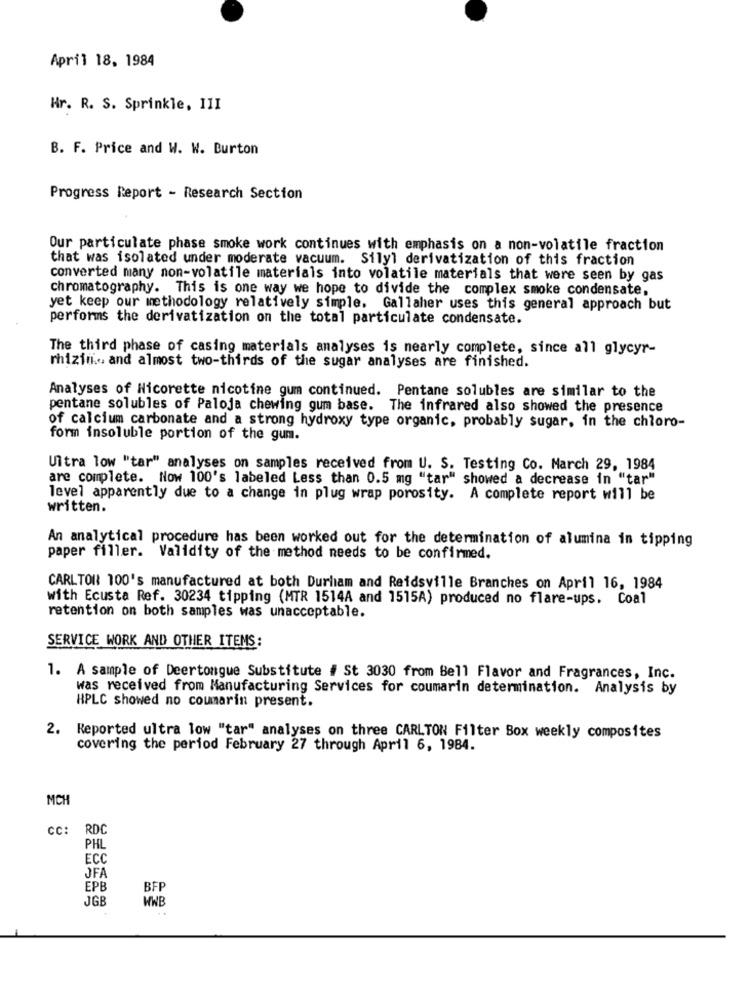
April 18, 1984
Hr. R. S. Sprinkle, 11I
B. F. Price and W. W. Burton
Progress Report - Research Section
Our particulate phase smoke work continues with emphasis on a non-volatile fraction
that was isolated under moderate vacuum. Silyl derivatization of this fraction
converted many non-volatile materials into volatile materials that were seen by gas
chromatography. This is one way we hope to divide the complex smoke condensate,
yet keep our methodology relatively simple, Gallaher uses this general approach but
performs the derivatization on the total particulate condensate.
The third phase of casing materials analyses is nearly complete, since all glycyr-
rhizin, and almost two-thirds of the sugar analyses are finished.
Analyses of Nicorette nicotine gum continued. Pentane solubles are similar to the
pentane solubles of Paloja chewing gum base. The infrared also showed the presence
of calcium carbonate and a strong hydroxy type organic, probably sugar, in the chloro-
form insoluble portion of the gum.
Ultra low "tar" analyses on samples received from U. S. Testing Co. March 29, 1984
are complete. Now 100's labeled Less than 0.5 mg "tar" showed a decrease in "tar"
level apparently due to a change in plug wrap porosity. A complete report will be
written.
An analytical procedure has been worked out for the determination of alumina in tipping
paper filler. Validity of the method needs to be confirmed.
CARLTON 100's manufactured at both Durham and Reidsville Branches on April 16, 1984
with Ecusta Ref. 30234 tipping (MTR 1514A and 1515A) produced no flare-ups. Coal
retention on both samples was unacceptable.
SERVICE WORK AND OTHER ITEMS:
1. A sample of Deertongue Substitute # St 3030 from Bell Flavor and Fragrances, Inc.
was received from Manufacturing Services for coumarin determination. Analysis by
HPLC showed no coumarin present.
2. Reported ultra low "tar" analyses on three CARLTON Filter Box weekly composites
covering the period February 27 through April 6, 1984.
MCH
CC: RDC
PHL
ECC
JFA
EPB
BFP
JGB
WWB